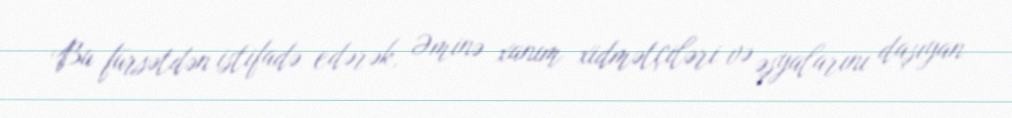
Bu fürsətdən istifadə edərək, Əminə xanım xidmətçiləri və əşyalarını daşıyan